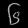
Digit: ၆